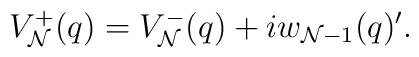
V^+_{\cal N}(q)=V^-_{\cal N}(q)+iw_{{\cal N}-1}(q)'.